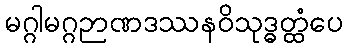
မဂ္ဂါမဂ္ဂဉာဏဒဿနဝိသုဒ္ဓတ္ထံပေ